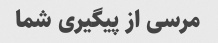
مرسی از پیگیری شما